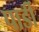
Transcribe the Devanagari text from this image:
पार्डी